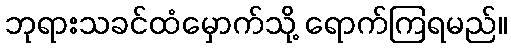
ဘုရားသခင်ထံမှောက်သို့ ရောက်ကြရမည်။